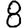
Digit: 8